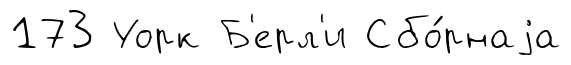
173 Уорк Б'ерл'и Сбо́рнаjа